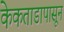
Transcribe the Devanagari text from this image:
केकताडापासून